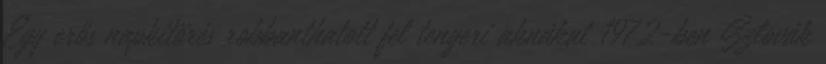
Egy erős napkitörés robbanthatott fel tengeri aknákat 1972-ben Szlovák